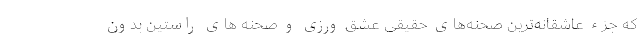
که جزء عاشقانه‌ترین صحنه‌های حقیقی عشق ‌ورزی و صحنه‌ های راستین بدون